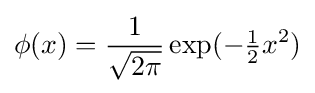
\phi (x)={\frac {1}{\sqrt {2\pi }}}\exp(-{\tfrac {1}{2}}x^{2})